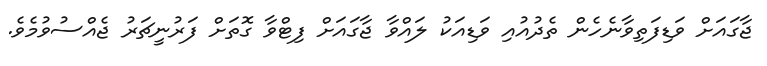
ޖާގައަށް ވަޑިފަތިވާނެހެން ތެދުއުއި ވަޑިއަކު ލައްވާ ޖާގައަށް ފިޓްވާ ގޮތަށް ފަރުނީޗަރު ޖެއްސުވުމެވެ.